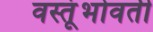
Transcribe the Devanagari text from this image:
वस्तूंभोवती